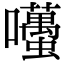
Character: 囆